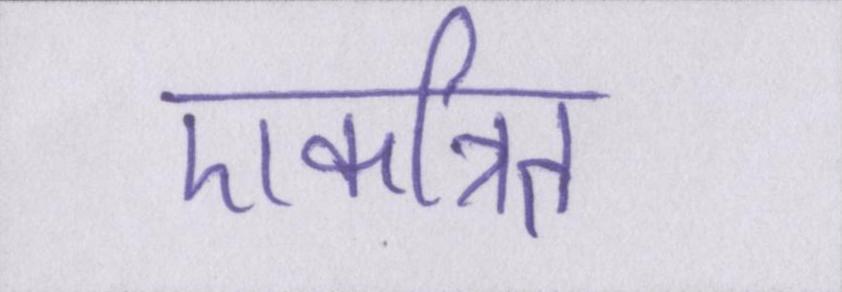
एकत्रित